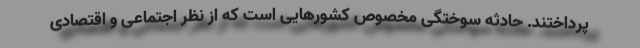
پرداختند. حادثه سوختگی مخصوص کشورهایی است که از نظر اجتماعی و اقتصادی